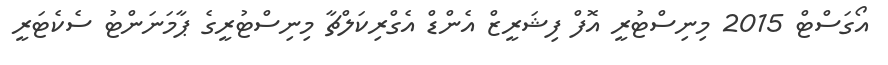
އޯގަސްޓް 2015 މިނިސްޓުރީ އޮފް ފިޝަރީޒް އެންޑް އެގްރިކަލްޗާ މިނިސްޓުރީގެ ޕާމަނަންޓު ސެކެޓަރީ